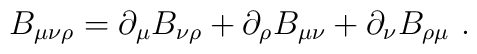
B_{\mu \nu \rho }=\partial _\mu B_{\nu \rho }+\partial _\rho B_{\mu \nu }+\partial _\nu B_{\rho \mu}\ .